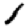
Digit: 1